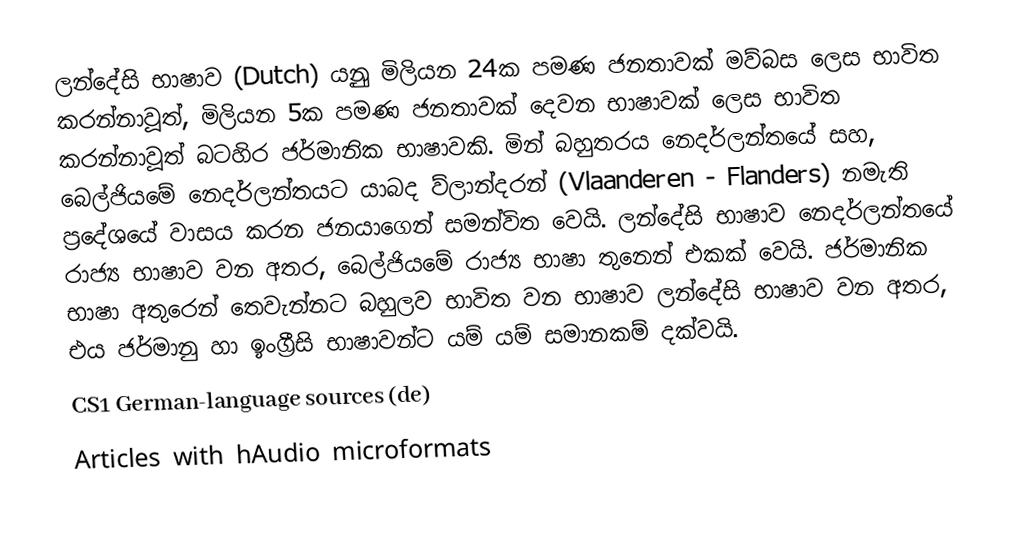
ලන්දේසි භාෂාව   (Dutch) යනුු මිලියන 24ක පමණ ජනතාවක් මව්බස ලෙස භාවිත කරන්නාවූත්, මිලියන 5ක පමණ ජනතාවක් දෙවන භාෂාවක් ලෙස භාවිත කරන්නාවූත් බටහිර ජර්මානික භාෂාවකි. මින් බහුතරය නෙදර්ලන්තයේ සහ, බෙල්ජියමේ නෙදර්ලන්තයට යාබද ව්ලාන්දරන් (Vlaanderen - Flanders) නමැති ප්‍රදේශයේ වාසය කරන ජනයාගෙන් සමන්විත වෙයි. ලන්දේසි භාෂාව නෙදර්ලන්තයේ රාජ්‍ය භාෂාව වන අතර, බෙල්ජියමේ රාජ්‍ය භාෂා තුනෙන් එකක් වෙයි. ජර්මානික භාෂා අතුරෙන් තෙවැන්නට බහුලව භාවිත වන භාෂාව ලන්දේසි භාෂාව වන අතර, එය ජර්මානු හා ඉංග්‍රීසි භාෂාවන්ට යම් යම් සමානකම් දක්වයි.
CS1 German-language sources (de)
Articles with hAudio microformats